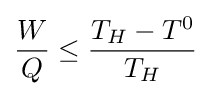
{\frac {W}{Q}}\leq {\frac {T_{H}-T^{0}}{T_{H}}}